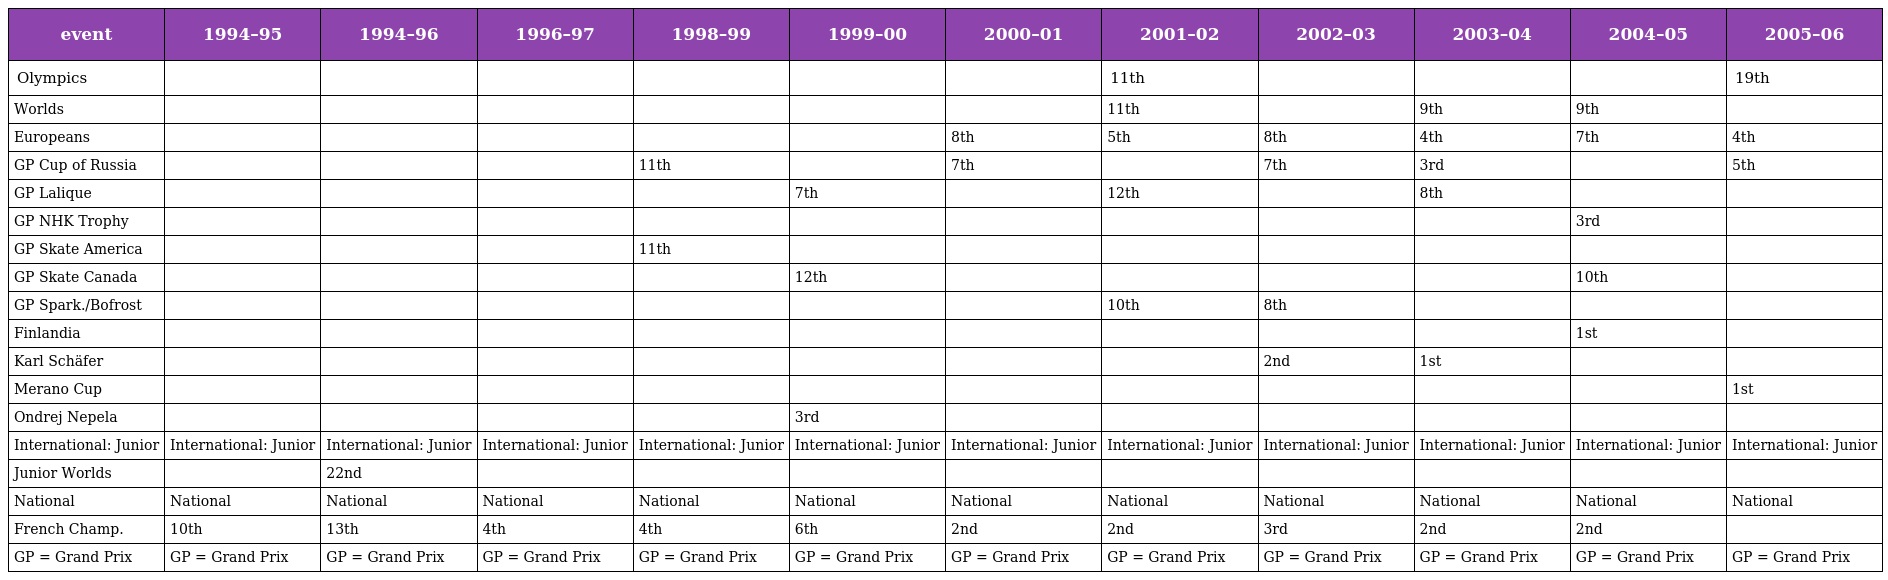
| event | 1994–95 | 1994–96 | 1996–97 | 1998–99 | 1999–00 | 2000–01 | 2001–02 | 2002–03 | 2003–04 | 2004–05 | 2005–06 |
 | --- | --- | --- | --- | --- | --- | --- | --- | --- | --- | --- | --- |
 | Olympics |  |  |  |  |  |  | 11th |  |  |  | 19th |
 | Worlds |  |  |  |  |  |  | 11th |  | 9th | 9th |  |
 | Europeans |  |  |  |  |  | 8th | 5th | 8th | 4th | 7th | 4th |
 | GP Cup of Russia |  |  |  | 11th |  | 7th |  | 7th | 3rd |  | 5th |
 | GP Lalique |  |  |  |  | 7th |  | 12th |  | 8th |  |  |
 | GP NHK Trophy |  |  |  |  |  |  |  |  |  | 3rd |  |
 | GP Skate America |  |  |  | 11th |  |  |  |  |  |  |  |
 | GP Skate Canada |  |  |  |  | 12th |  |  |  |  | 10th |  |
 | GP Spark./Bofrost |  |  |  |  |  |  | 10th | 8th |  |  |  |
 | Finlandia |  |  |  |  |  |  |  |  |  | 1st |  |
 | Karl Schäfer |  |  |  |  |  |  |  | 2nd | 1st |  |  |
 | Merano Cup |  |  |  |  |  |  |  |  |  |  | 1st |
 | Ondrej Nepela |  |  |  |  | 3rd |  |  |  |  |  |  |
 | International: Junior | International: Junior | International: Junior | International: Junior | International: Junior | International: Junior | International: Junior | International: Junior | International: Junior | International: Junior | International: Junior | International: Junior |
 | Junior Worlds |  | 22nd |  |  |  |  |  |  |  |  |  |
 | National | National | National | National | National | National | National | National | National | National | National | National |
 | French Champ. | 10th | 13th | 4th | 4th | 6th | 2nd | 2nd | 3rd | 2nd | 2nd |  |
 | GP = Grand Prix | GP = Grand Prix | GP = Grand Prix | GP = Grand Prix | GP = Grand Prix | GP = Grand Prix | GP = Grand Prix | GP = Grand Prix | GP = Grand Prix | GP = Grand Prix | GP = Grand Prix | GP = Grand Prix |